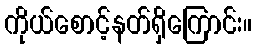
ကိုယ်စောင့်နတ်ရှိကြောင်း။